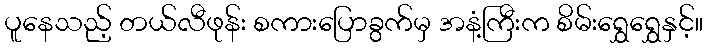
ပူနေသည့် တယ်လီဖုန်း စကားပြောခွက်မှ အနံ့ကြီးက စိမ်းရွှေရွှေနှင့်။